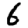
Digit: 6